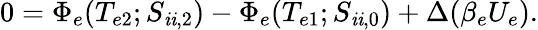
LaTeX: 0=\Phi_{e}(T_{e2};S_{\mathit{i}\mathit{i},2})-\Phi_{e}(T_{e1};S_{\mathit{i}\mathit{i},0})+\Delta(\beta_{e}U_{e}).